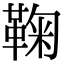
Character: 鞠